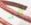
قد